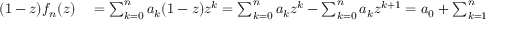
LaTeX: \begin{array} { r l } { ( 1 - z ) f _ { n } ( z ) } & { { } = \sum _ { k = 0 } ^ { n } a _ { k } ( 1 - z ) z ^ { k } = \sum _ { k = 0 } ^ { n } a _ { k } z ^ { k } - \sum _ { k = 0 } ^ { n } a _ { k } z ^ { k + 1 } = a _ { 0 } + \sum _ { k = 1 } ^ { n } a _ { k } z ^ { k } - \sum _ { k = 1 } ^ { n + 1 } a _ { k - 1 } z ^ { k } } \end{array}